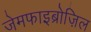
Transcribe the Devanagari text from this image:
जेमफाइब्रोज़िल